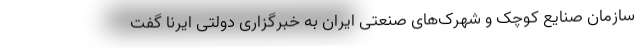
سازمان صنایع کوچک و شهرک‌های صنعتی ایران به خبرگزاری دولتی ایرنا گفت